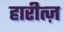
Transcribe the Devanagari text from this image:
हारीत्ज़